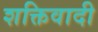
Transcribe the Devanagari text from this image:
शक्तिवादी